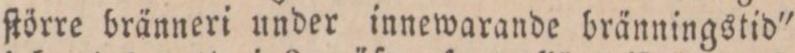
ſtörre bränneri under innewarande bränningstid"